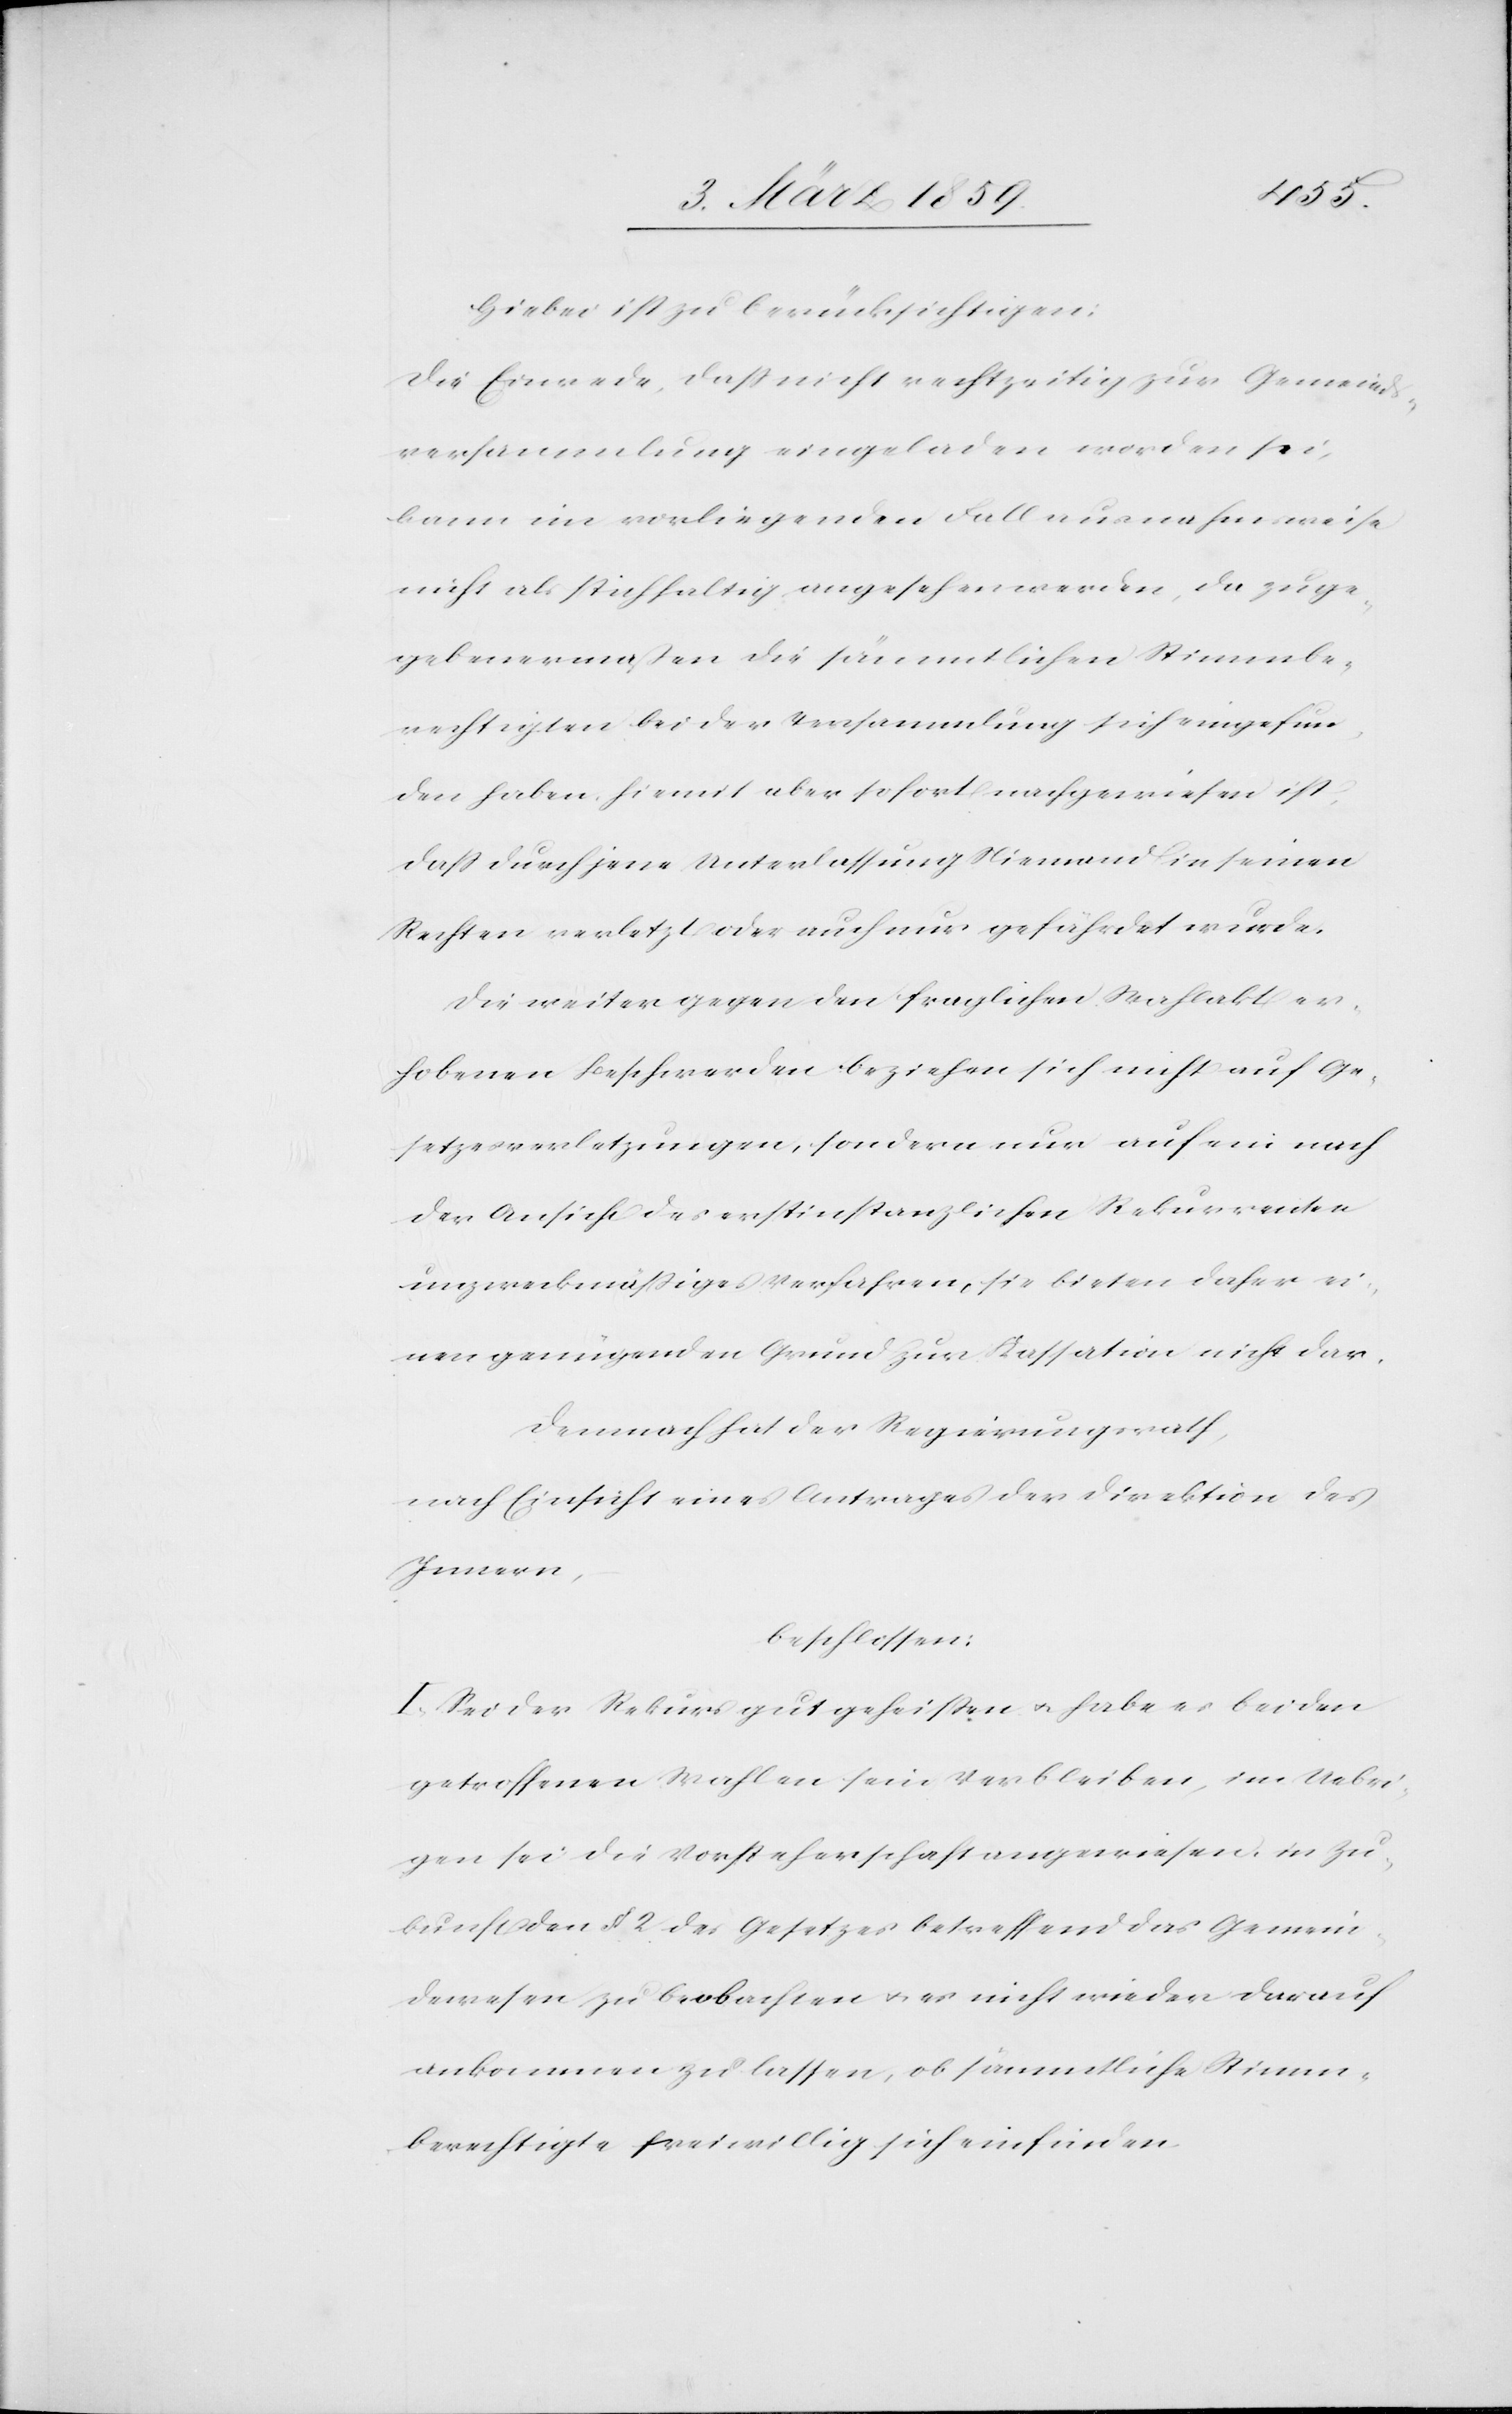
Hiebei ist zu berücksichtigen:
Die Einrede, daß nicht rechtzeitig zur Gemeinds¬
versammlung eingeladen worden sei,
kann im vorliegenden Fall ausnahmsweise
nicht als stichhaltig angesehen werden, da zuge¬
gebenermaßen die sämmtlichen Stimmbe¬
rechtigten bei der Versammlung sich eingefun¬
den haben, hiemit aber sofort nachgewiesen ist,
daß durch jene Unterlassung Niemand in seinen
Rechten verletzt oder auch nur gefährdet wurde.
Die weiter gegen den fraglichen Wahlakt er¬
hobenen Beschwerden beziehen sich nicht auf Ge¬
setzesverletzungen, sondern nur auf ein nach
der Ansicht des erstinstanzlichen Rekurrenten
unzweckmäßiges Verfahren, sie bieten daher ei¬
nen genügenden Grund zur Kassation nicht dar.
Demnach hat der Regierungsrath,
nach Einsicht eines Antrages der Direktion des
Innern,
beschlossen:
I. Sei der Rekurs gutgeheißen u. habe es bei den
getroffenen Wahlen sein Verbleiben, im Uebri¬
gen sei die Vorsteherschaft angewiesen, in Zu¬
kunft den § 2 des Gesetzes betreffend das Gemein¬
dewesen zu beobachten u. es nicht wieder darauf
ankommen zu lassen, ob sämmtliche Stimm¬
berechtigte freiwillig sich einfinden.